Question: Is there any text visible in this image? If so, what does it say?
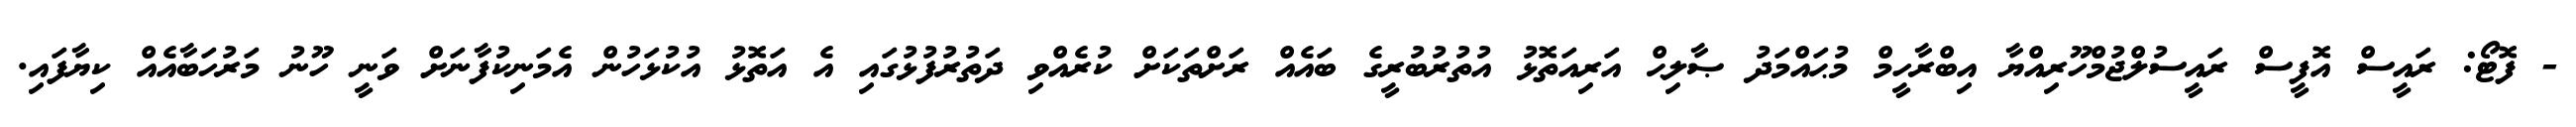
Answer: - ފޮޓޯ: ރައީސް އޮފީސް ރައީސުލްޖުމްހޫރިއްޔާ އިބްރާހީމް މުޙައްމަދު ޞާލިޙް އަރިއަތޮޅު އުތުރުބުރީގެ ބައެއް ރަށްތަކަށް ކުރެއްވި ދަތުރުފުޅުގައި އެ އަތޮޅު އުކުޅަހުން އެމަނިކުފާނަށް ވަނީ ހޫނު މަރުހަބާއެއް ކިޔާފައި.